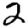
Digit: 2